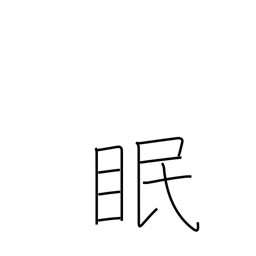
Meaning: sleep